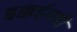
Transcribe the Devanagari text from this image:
इक्कईसवीं